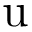
\mathrm { u }